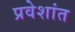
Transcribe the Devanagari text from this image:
प्रवेशांत